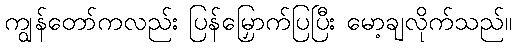
ကျွန်တော်ကလည်း ပြန်မြှောက်ပြပြီး မော့ချလိုက်သည်။